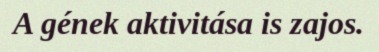
A gének aktivitása is zajos.